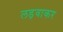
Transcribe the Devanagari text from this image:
लड़वाकर